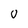
Character: O